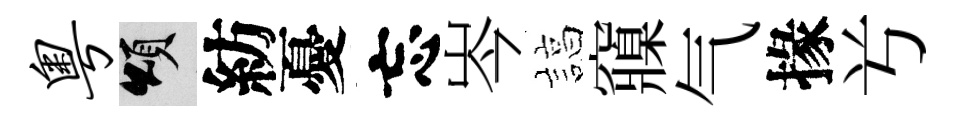
粤頌紡憂忘岑諄䆿气掾𠔃